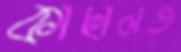
কাছালত